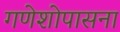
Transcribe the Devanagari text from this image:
गणेशोपासना